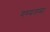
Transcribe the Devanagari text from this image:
गम्यताम्।